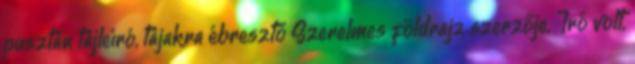
pusztán tájleíró, tájakra ébresztő Szerelmes földrajz szerzője. Író volt,